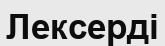
Лексерді